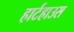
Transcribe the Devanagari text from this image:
हार्टहाउस